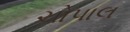
ચોપાલ